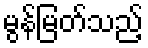
မွန်မြတ်သည့်